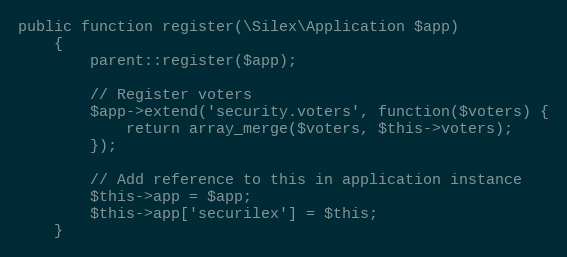
Language: PHP
public function register(\Silex\Application $app)
    {
        parent::register($app);

        // Register voters
        $app->extend('security.voters', function($voters) {
            return array_merge($voters, $this->voters);
        });

        // Add reference to this in application instance
        $this->app = $app;
        $this->app['securilex'] = $this;
    }